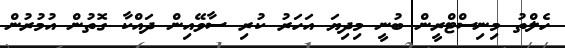
ހެލްތު މިނިސްޓްރީން ބުނީ މިދިޔަ އަހަރު ކުރި ސާވޭއިން ދައްކާ ގޮތުން އުމުރުން